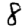
Digit: 8